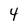
Character: 4